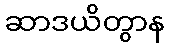
ဆာဒယိတွာန